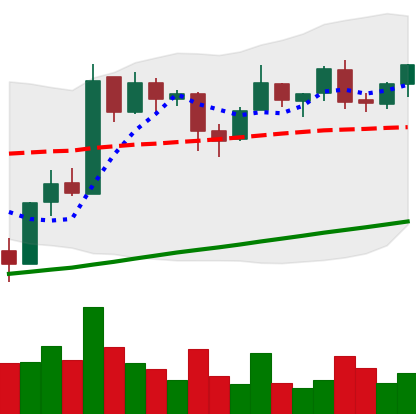
Ticker: BTC-USD
Chart end date: 2017-08-04
Forward return: 15.421%
Label: up_7plus